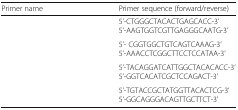
<table><thead><tr><td><b>Primer name</b></td><td><b>Primer sequence (forward/reverse)</b></td></tr></thead><tbody><tr><td>[EMPTY_CELL]</td><td>5’-CTGGGCTACACTGAGCACC-3’5’-AAGTGGTCGTTGAGGGCAATG-3’</td></tr><tr><td>[EMPTY_CELL]</td><td>5’- CGGTGGCTGTCAGTCAAAG-3’5’-AAACCTCGGCTTCCTCCATAA-3’</td></tr><tr><td>[EMPTY_CELL]</td><td>5’-TACAGGATCATTGGCTACACACC-3’5’-GGTCACATCGCTCCAGACT-3’</td></tr><tr><td>[EMPTY_CELL]</td><td>5’-TGTACCGCTATGGTTACACTCG-3’5’-GGCAGGGACAGTTGCTTCT-3’</td></tr></tbody></table>